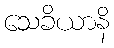
သေခိယာနိ